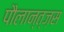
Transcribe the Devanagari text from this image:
पौलान्त्ज़स